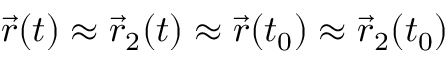
\vec { r } ( t ) \approx \vec { r } _ { 2 } ( t ) \approx \vec { r } ( t _ { 0 } ) \approx \vec { r } _ { 2 } ( t _ { 0 } )